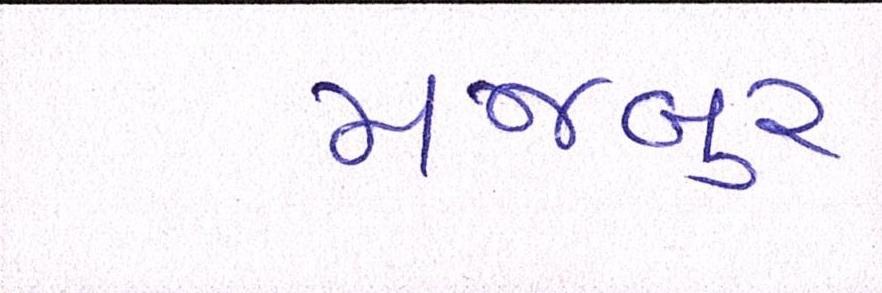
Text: મજબુર